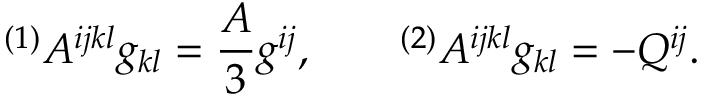
{ } ^ { ( 1 ) } A ^ { i j k l } g _ { k l } = \frac A 3 g ^ { i j } , \qquad { } ^ { ( 2 ) } A ^ { i j k l } g _ { k l } = - Q ^ { i j } .